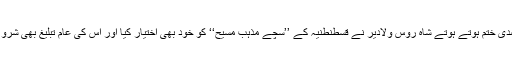
دسویں صدی ختم ہوتے ہوتے شاہ روس ولادیر نے قسطنطنیہ کے ’’سچے مذہب مسیح‘‘ کو خود بھی اختیار کیا اور اس کی عام تبلیغ بھی شروع کر دی۔